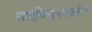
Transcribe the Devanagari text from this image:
नादबिन्दुकलातीतं